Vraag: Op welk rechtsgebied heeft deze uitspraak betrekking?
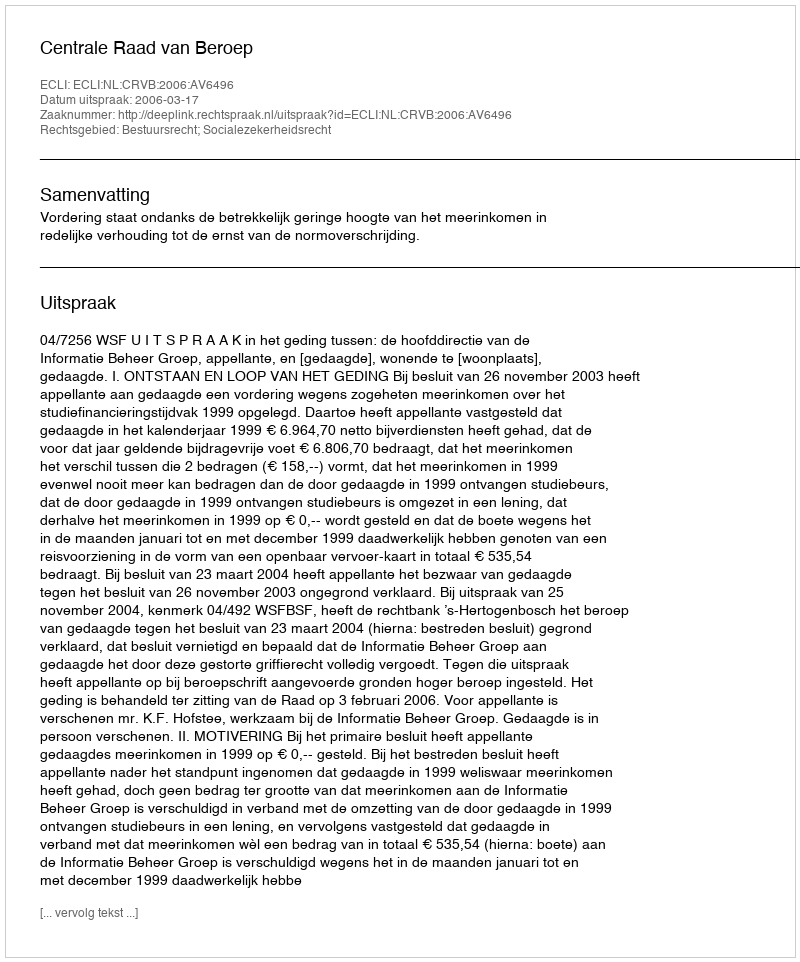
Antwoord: Bestuursrecht; Socialezekerheidsrecht